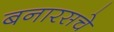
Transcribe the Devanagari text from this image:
बनारसचे